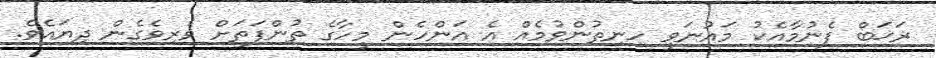
ރަޚަބް ފެނުމާއެކު މައުނަވީ ހިނިތުންވުމެއް އެ އަންހެން މީހާގެ ތުންފަތަށް ވެރިވެގެން ދިޔައެވެ.